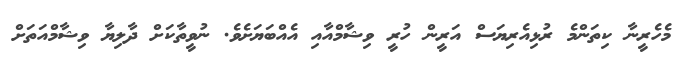
މެހެރީނާ ކިތަންމެ ރުޅިއެރިޔަސް އަރީން ހުރީ ވިޝާމްއާއި އެއްބަޔަށެވެ. ނުވީތާކަށް ދާލިޔާ ވިޝާމްއަތަށް